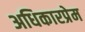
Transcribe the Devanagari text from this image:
अधिकारप्रेम